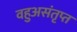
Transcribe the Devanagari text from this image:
वहुअसंतृप्त